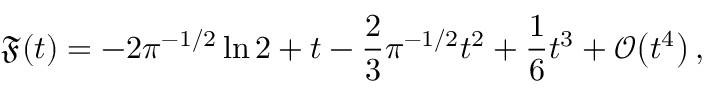
\mathfrak { F } ( t ) = - 2 \pi ^ { - 1 / 2 } \ln 2 + t - \frac { 2 } { 3 } \pi ^ { - 1 / 2 } t ^ { 2 } + \frac { 1 } { 6 } t ^ { 3 } + \mathcal { O } \bigl ( t ^ { 4 } \bigr ) \, ,